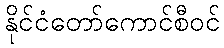
နိုင်ငံတော်ကောင်စီဝင်